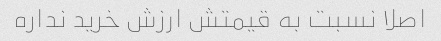
اصلا نسبت به قیمتش ارزش خرید نداره